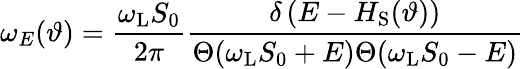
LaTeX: \omega_{E}(\vartheta)=\frac{\omega_{\mathrm{L}}S_{0}}{2\pi}\frac{\delta\left(E-H_{\mathrm{S}}(\vartheta)\right)}{\Theta(\omega_{\mathrm{L}}S_{0}+E)\Theta(\omega_{\mathrm{L}}S_{0}-E)}